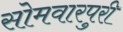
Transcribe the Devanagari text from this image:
सोमवारपुरी